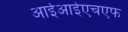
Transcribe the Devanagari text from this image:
आईआईएचएफ